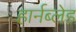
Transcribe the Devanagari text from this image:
हार्नब्लेड